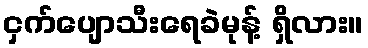
ငှက်ပျောသီးရေခဲမုန့် ရှိလား။